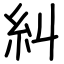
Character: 糾